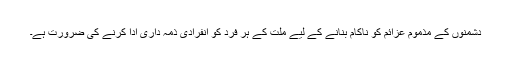
دشمنوں کے مذموم عزائم کو ناکام بنانے کے لیے ملت کے ہر فرد کو انفرادی ذمہ داری ادا کرنے کی ضرورت ہے۔